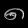
Digit: ၈